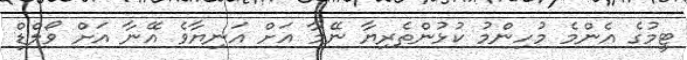
ޓީމުގެ އެންމެ މުހިންމު ކުޅުންތެރިޔާ ނޭމާ އަށް އަނިޔާވެ އޭނާ އަށް ވޯލްޑް